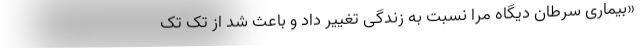
«بیماری سرطان دیگاه مرا نسبت به زندگی تغییر داد و باعث شد از تک تک